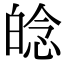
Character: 𤽿